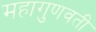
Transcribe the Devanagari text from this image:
महागुणवती